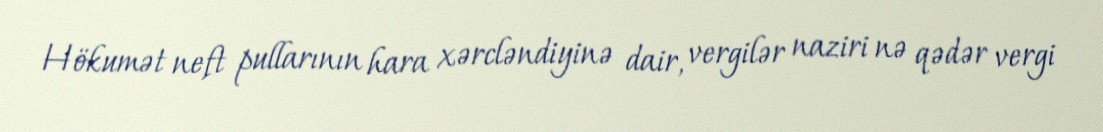
Hökumət neft pullarının hara xərcləndiyinə dair, vergilər naziri nə qədər vergi